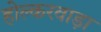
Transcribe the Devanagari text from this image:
होल्करवाड़ा